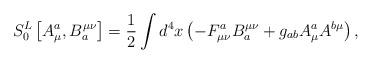
LaTeX: \begin{align*}S_0^L\left[ A_\mu ^a,B_a^{\mu \nu }\right] =\frac 12\int d^4x\left(-F_{\mu \nu }^aB_a^{\mu \nu }+g_{ab}A_\mu ^aA^{b\mu }\right) ,\end{align*}